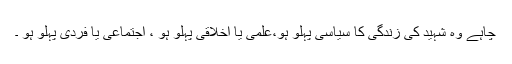
چاہے وہ شہید کی زندگی کا سیاسی پہلو ہو،علمی یا اخلاقی پہلو ہو ، اجتماعی یا فردی پہلو ہو ۔